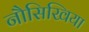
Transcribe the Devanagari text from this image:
नौसिखिया